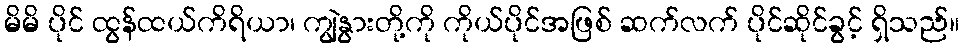
မိမိ ပိုင် ထွန်ထယ်ကိရိယာ၊ ကျွဲနွားတို့ကို ကိုယ်ပိုင်အဖြစ် ဆက်လက် ပိုင်ဆိုင်ခွင့် ရှိသည်။